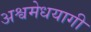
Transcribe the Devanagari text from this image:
अश्वमेधयागी